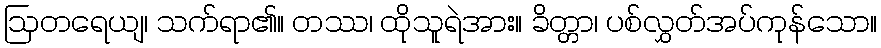
ဩတရေယျ၊ သက်ရာ၏။ တဿ၊ ထိုသူရဲအား။ ခိတ္တာ၊ ပစ်လွှတ်အပ်ကုန်သော။